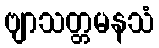
ဗျာသတ္တမနသံ